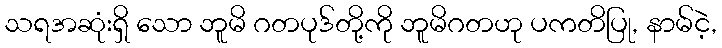
သရအဆုံးရှိ သော ဘူမိ ဂတပုဒ်တို့ကို ဘူမိဂတဟု ပကတိပြု, နာမ်ငဲ့,